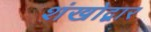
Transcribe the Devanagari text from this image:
शंखोद्वार